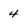
Character: 4